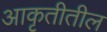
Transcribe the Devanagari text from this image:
आकृतीतील